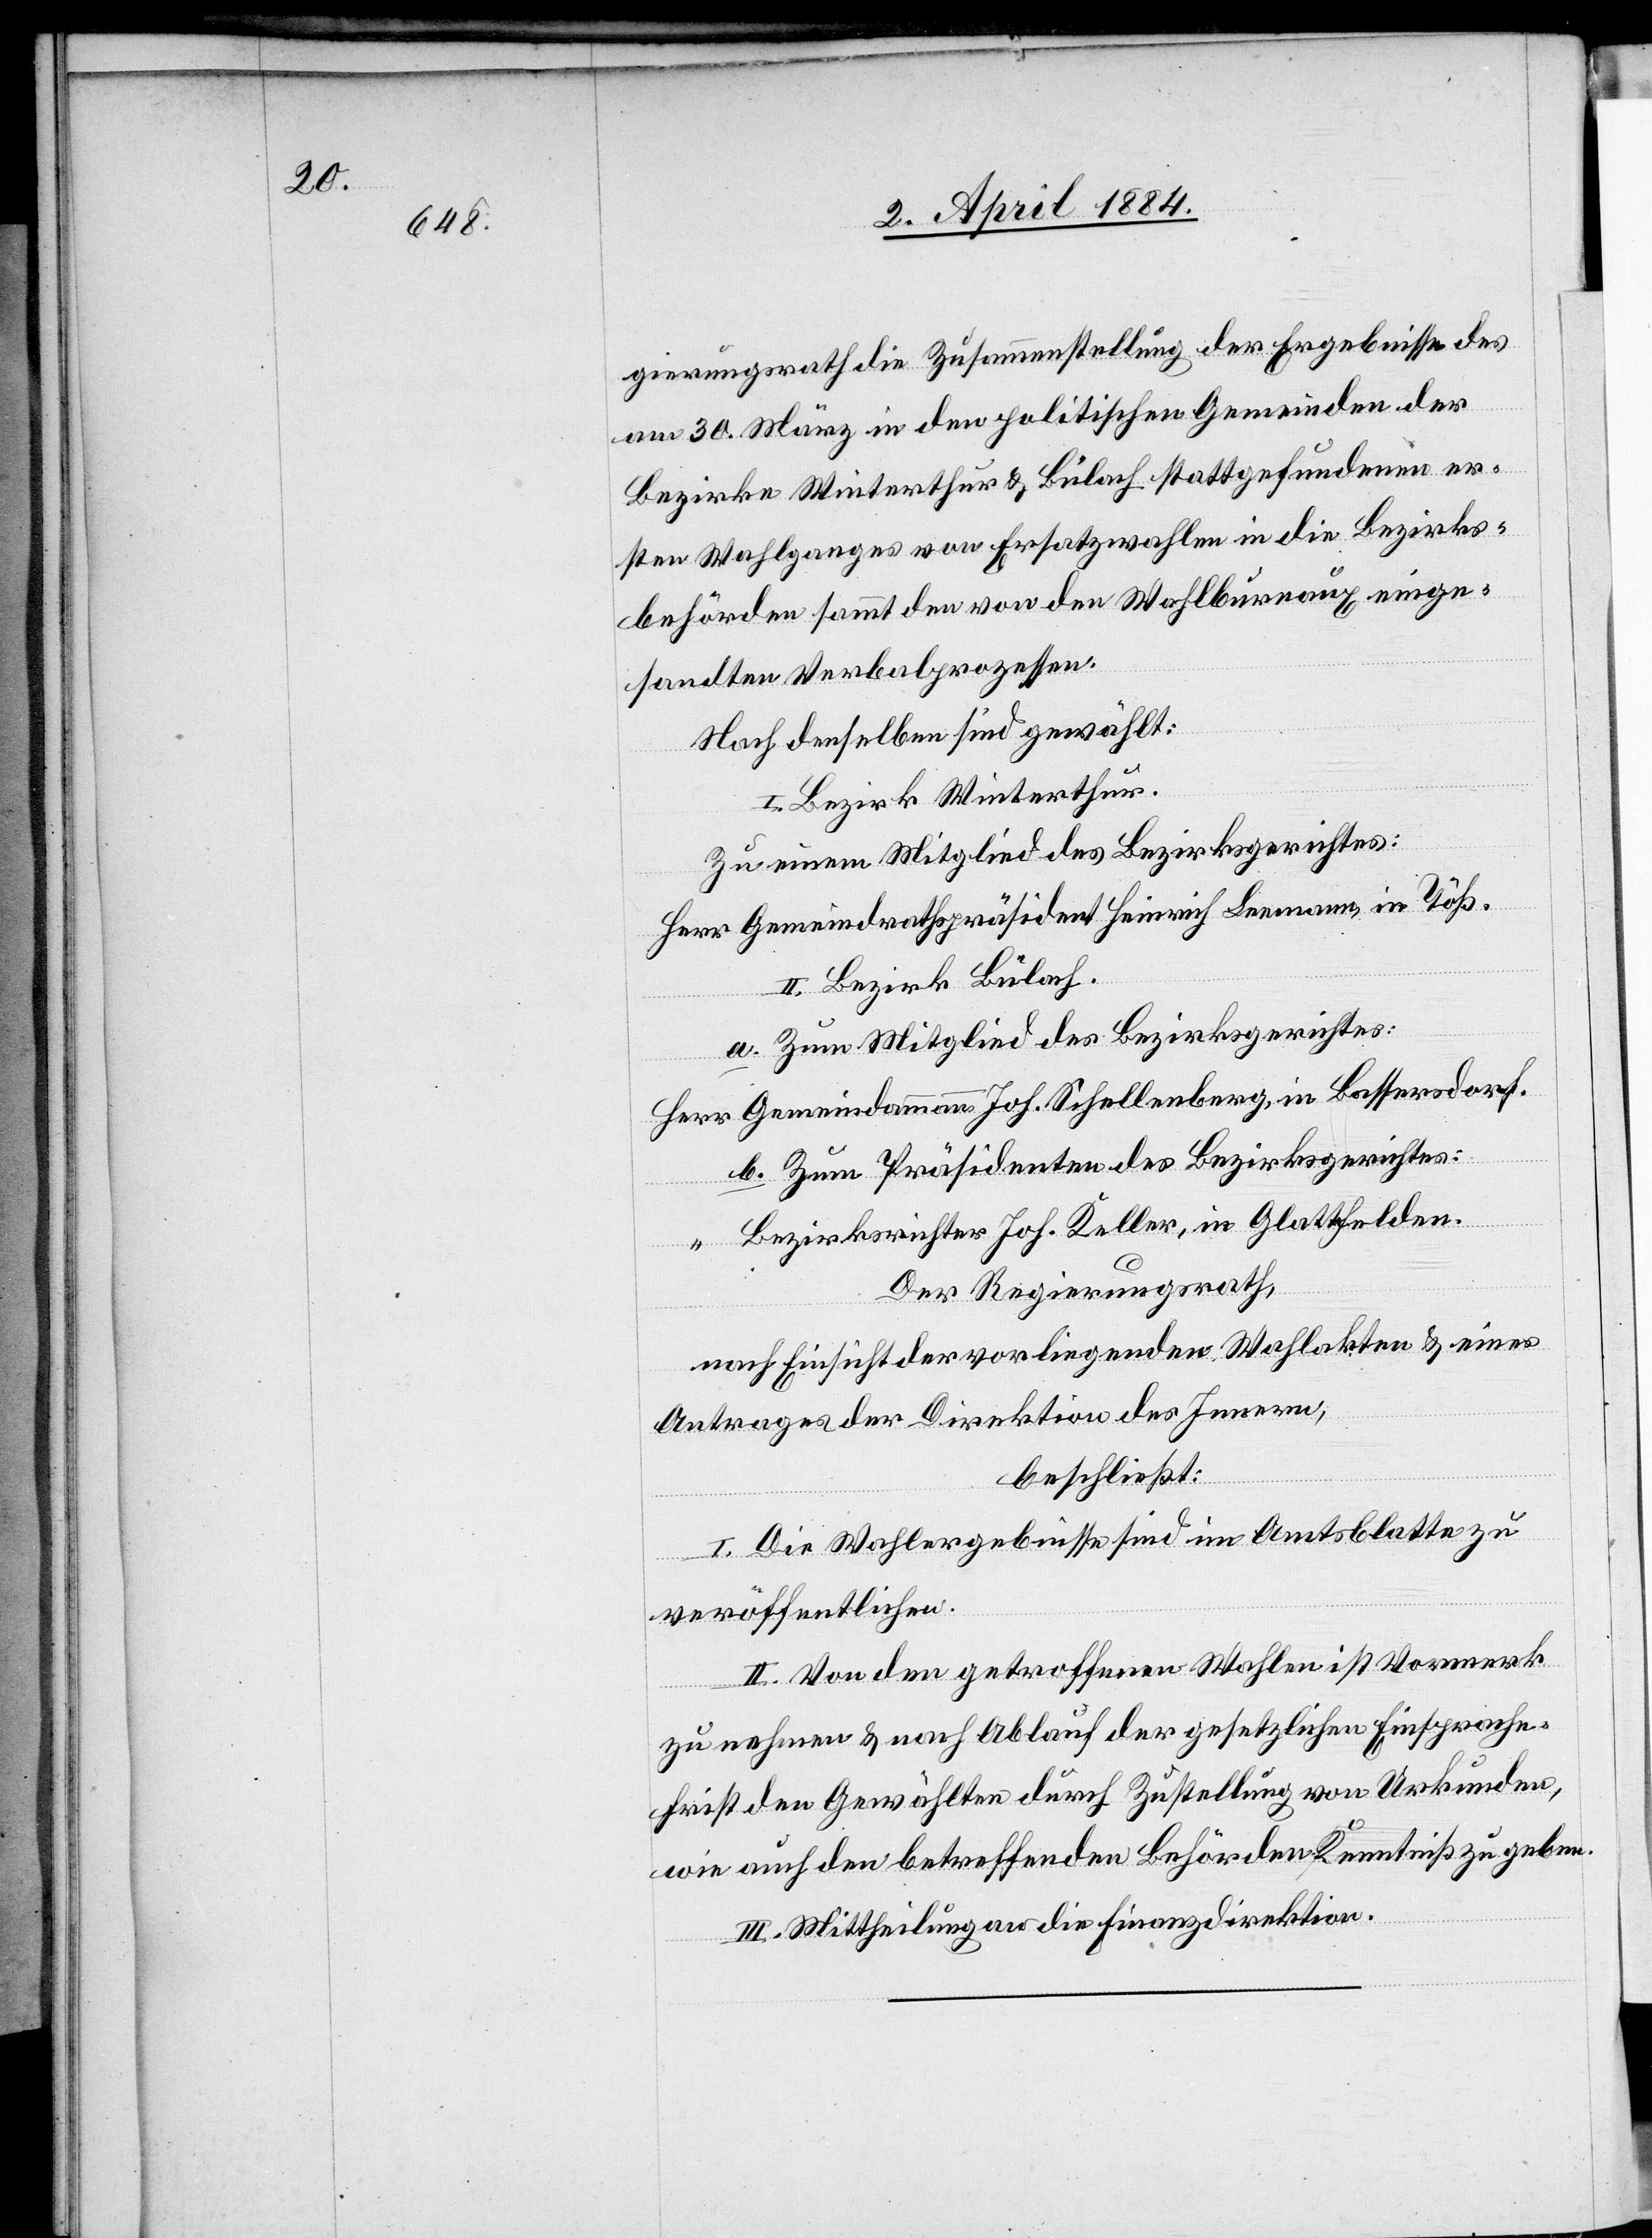
gierungsrath die Zusammenstellung der Ergebnisse des
am 30. März in den politischen Gemeinden der
Bezirke Winterthur & Bülach stattgefundenen er¬
sten Wahlganges von Ersatzwahlen in die Bezirks¬
behörden sammt den von den Wahlbureaux einge¬
sandten Verbalprozessen.
Nach denselben sind gewählt:
I. Bezirk Winterthur.
Zu einem Mitglied des Bezirksgerichtes:
Herr Gemeindrathspräsident Heinrich Leemann in Töß.
II. Bezirk Bülach.
a. Zum Mitglied des Bezirksgerichtes:
Gemeindammann Joh. Schellenberg, in Bassersdorf.
b. Zum Präsidenten des Bezirksgerichtes:
“
Bezirksrichter Joh. Keller, in Glattfelden.
Der Regierungsrath,
nach Einsicht der vorliegenden Wahlakten & eines
Antrages der Direktion des Innern,
beschließt:
I. Die Wahlergebnisse sind im Amtsblatte zu
veröffentlichen.
II. Von den getroffenen Wahlen ist Vormerk
zu nehmen & nach Ablauf der gesetzlichen Einsprache¬
frist den Gewählten durch Zustellung von Urkunden,
wie auch den betreffenden Behörden Kenntniß zu geben.
III. Mittheilung an die Finanzdirektion.